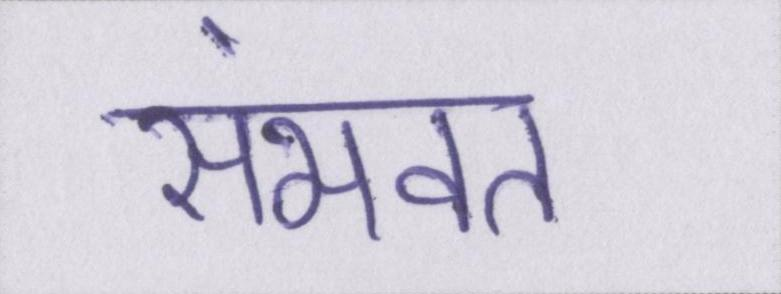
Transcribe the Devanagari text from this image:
संभवत